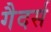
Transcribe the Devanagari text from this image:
गैदर्स